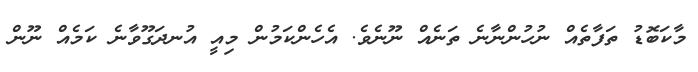
މާކަބޮޑު ތަފާތެއް ނުހުންނާނެ ތަނެއް ނޫނެވެ. އެހެންކަމުން މިއީ އުނދަގޫވާނެ ކަމެއް ނޫން